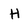
Character: H